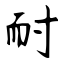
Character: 耐